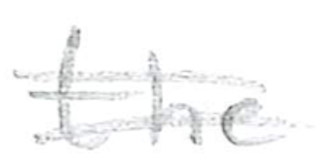
Text: the
Cross-out: mix
Writing tool: pencil